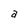
Character: a